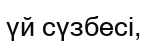
үй сүзбесі,